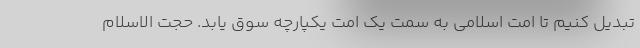
تبدیل کنیم تا امت اسلامی به سمت یک امت یکپارچه سوق یابد. ‌حجت الاسلام